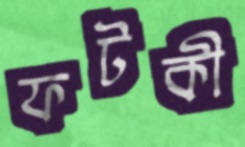
ফটকী